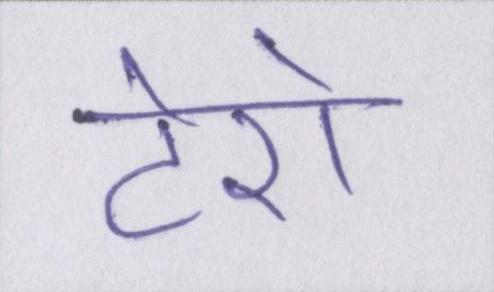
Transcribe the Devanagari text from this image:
टेरो